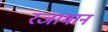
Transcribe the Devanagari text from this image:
रजामान